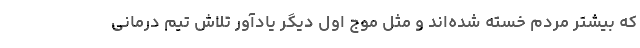
که بیشتر مردم خسته شده‌اند و مثل موج اول دیگر یادآور تلاش تیم درمانی